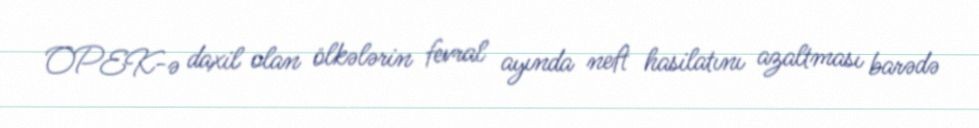
OPEK-ə daxil olan ölkələrin fevral ayında neft hasilatını azaltması barədə